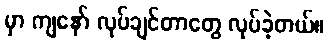
မှာ ကျနော် လုပ်ချင်တာတွေ လုပ်ခဲ့တယ်။